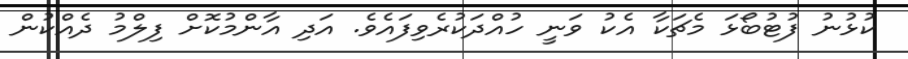
ކުޅުނު ފުޓުބޯޅަ މެޗަކާ އެކު ވަނީ ހުއްދަކުރެވިފައެވެ. އަދި އާންމުކޮށް ފިލްމު ދެއްކުން